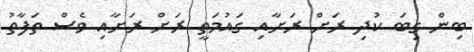
ބިން ގިބަ ކުދި ރަށް ރަށާއި ގައުމަތީ ރަށް ރަށާއި ވެސް ތަފާތު